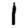
Digit: 1